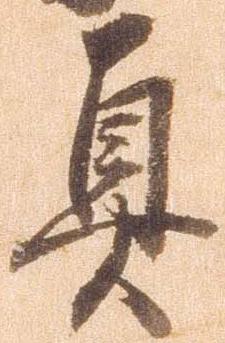
真